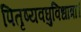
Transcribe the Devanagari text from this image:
पितृष्यवघुविधात्रा।